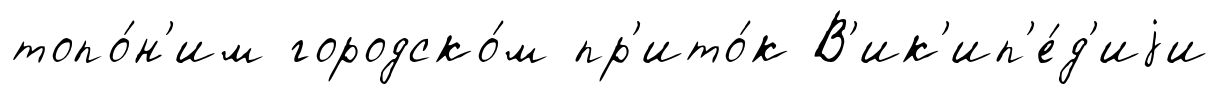
топо́н'им городско́м пр'ито́к В'ик'ип'е́д'иjи